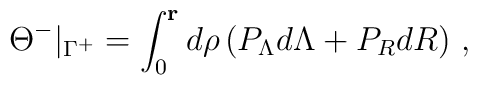
\Theta^-\vert_{\Gamma^+} = \int_0^{\mathbf r} d\rho\,(P_\Lambda  d\Lambda + P_R dR)\ ,